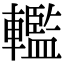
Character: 轞